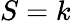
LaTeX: S=k